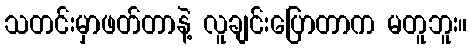
သတင်းမှာဖတ်တာနဲ့ လူချင်းပြောတာက မတူဘူး။